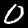
Digit: 0